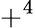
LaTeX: +^{4}